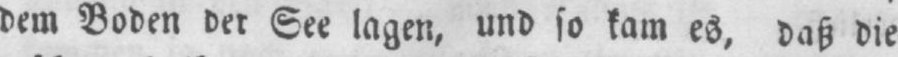
dem Boden der See lagen, und so kam es, daß die